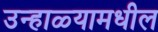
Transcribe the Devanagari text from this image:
उन्हाळ्यामधील